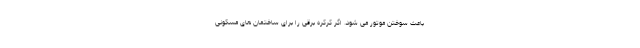
باعث سوختن موتور می شود. اگر کرکره برقی را برای ساختمان های مسکونی